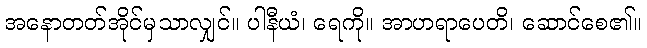
အနောတတ်အိုင်မှသာလျှင်။ ပါနီယံ၊ ရေကို။ အာဟရာပေတိ၊ ဆောင်စေ၏။